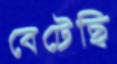
বেটেছি